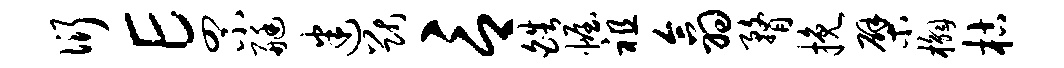
衍E罘艇迷猷言皓幄祖翕瞀挽檗槲枯